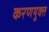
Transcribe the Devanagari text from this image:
करणयुक्त